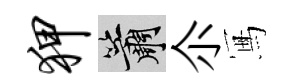
狎簫尒冩